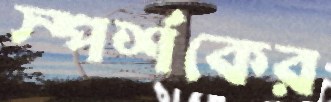
স্পর্শকের